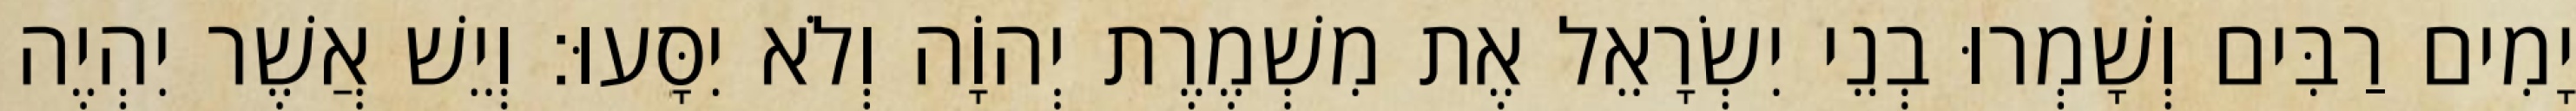
יָמִים רַבִּים וְשָׁמְרוּ בְנֵי יִשְׂרָאֵל אֶת מִשְׁמֶרֶת יְהוָֹה וְלֹא יִסָּעוּ׃ וְיֵשׁ אֲשֶׁר יִהְיֶה